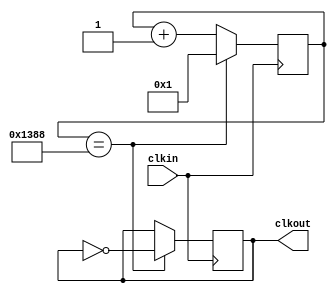
module clock_divider(
	input clkin,
	output clkout
	);
	parameter factor = 5000;
	
	
	reg [31:0] counter = 1;
	reg temp_clk = 0;
	always @ (posedge(clkin))
	begin
		if (counter == factor)
		begin
			counter <= 1;
			temp_clk <= ~temp_clk;
		end
		else
			counter <= counter + 1;
	end
	assign clkout = temp_clk;
endmodule //clock_divider